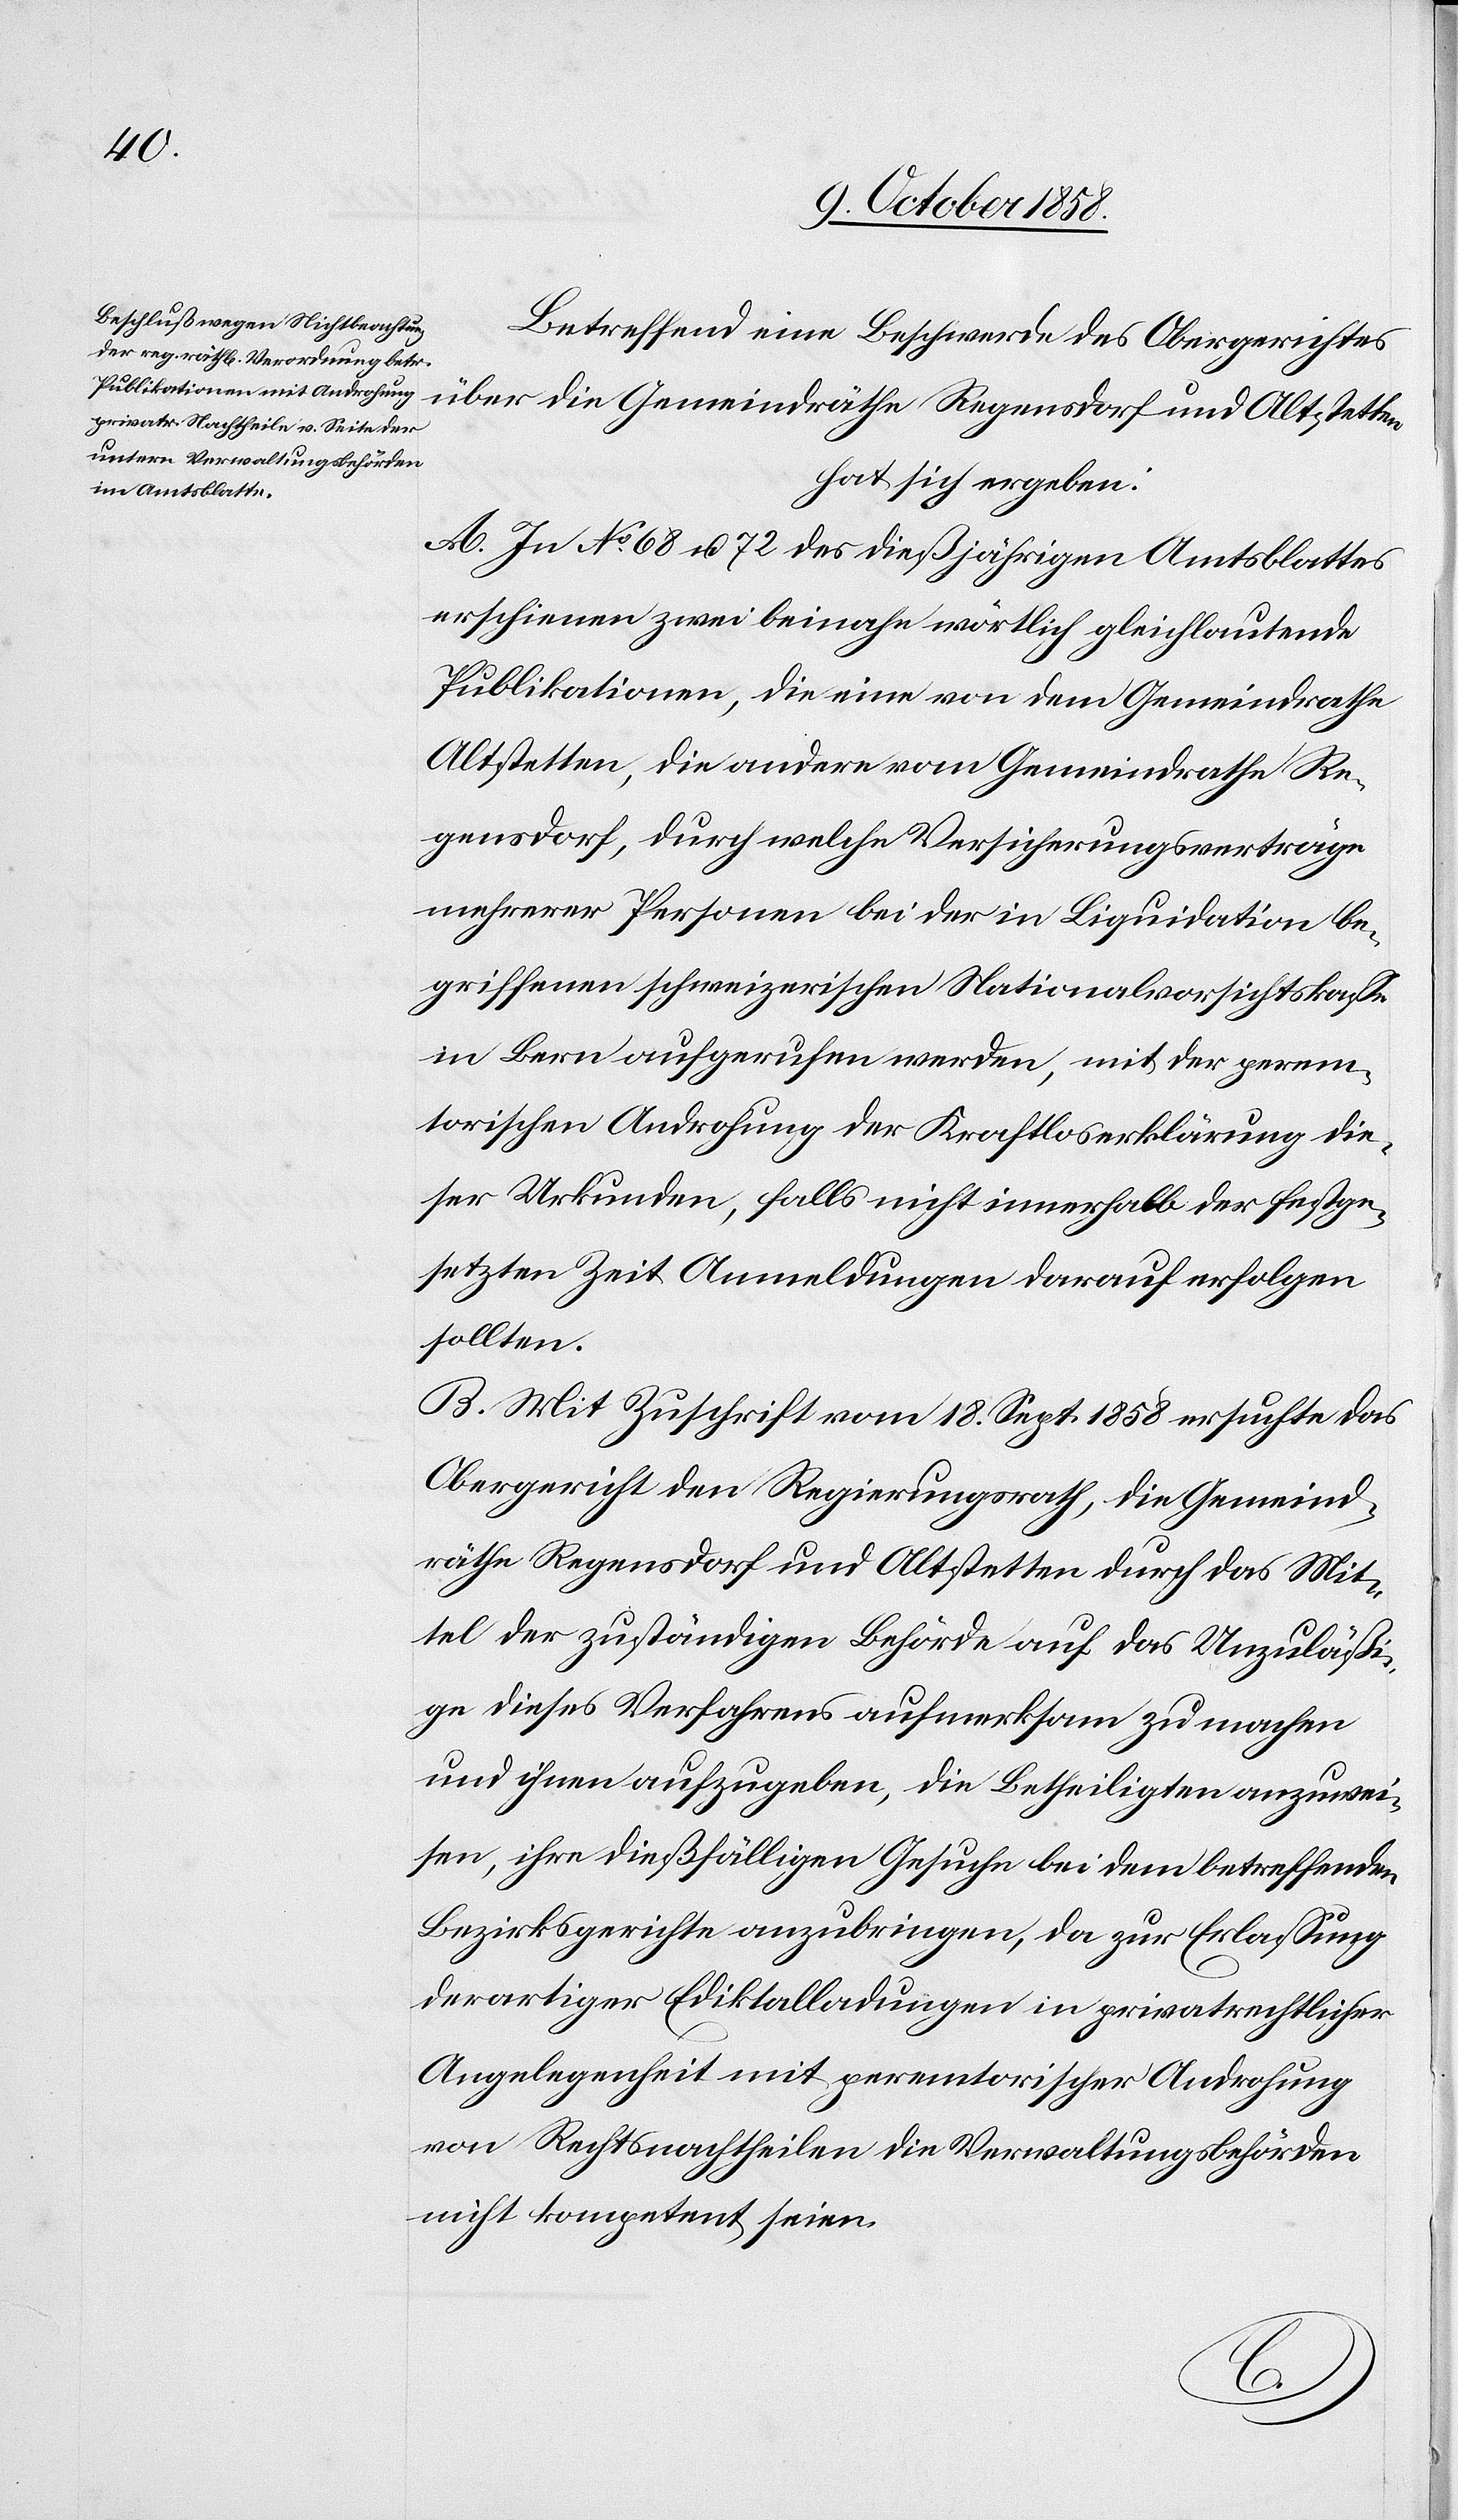
Betreffend eine Beschwerde des Obergerichtes
über die Gemeindräthe Regensdorf und Altstetten
hat sich ergeben:
A. In No. 68 u. 72 des dießjährigen Amtsblattes
erschienen zwei beinahe wörtlich gleichlautende
Publikationen, die eine von dem Gemeindrathe
Altstetten, die andere vom Gemeindrathe Re¬
gensdorf, durch welche Versicherungsverträge
mehrerer Personen bei der in Liquidation be¬
griffenen schweizerischen Nationalvorsichtskasse
in Bern aufgerufen werden, mit der perem¬
torischen Androhung der Kraftloserklärung die¬
ser Urkunden, falls nicht innerhalb der festge¬
setzten Zeit Anmeldungen darauf erfolgen
sollten.
B. Mit Zuschrift vom 18. Sept. 1858 ersuchte das
Obergericht den Regierungsrath, die Gemeind¬
räthe Regensdorf und Altstetten durch das Mit¬
tel der zuständigen Behörde auf das Unzuläßi¬
ge dieses Verfahrens aufmerksam zu machen
und ihnen aufzugeben, die Betheiligten anzuwei¬
sen, ihre dießfälligen Gesuche bei dem betreffenden
Bezirksgerichte anzubringen, da zur Erlassung
derartiger Ediktalladungen in privatrechtlicher
Angelegenheit mit peremtorischer Androhung
von Rechtsnachtheilen die Verwaltungsbehörden
nicht kompetent seien.